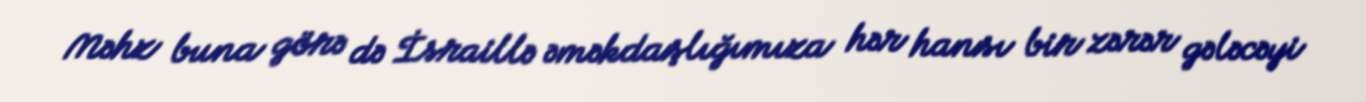
Məhz buna görə də İsraillə əməkdaşlığımıza hər hansı bir zərər gələcəyi